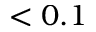
< 0 . 1